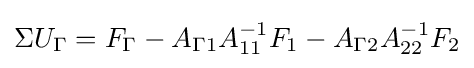
\Sigma U_{\Gamma }=F_{\Gamma }-A_{\Gamma 1}A_{11}^{-1}F_{1}-A_{\Gamma 2}A_{22}^{-1}F_{2}